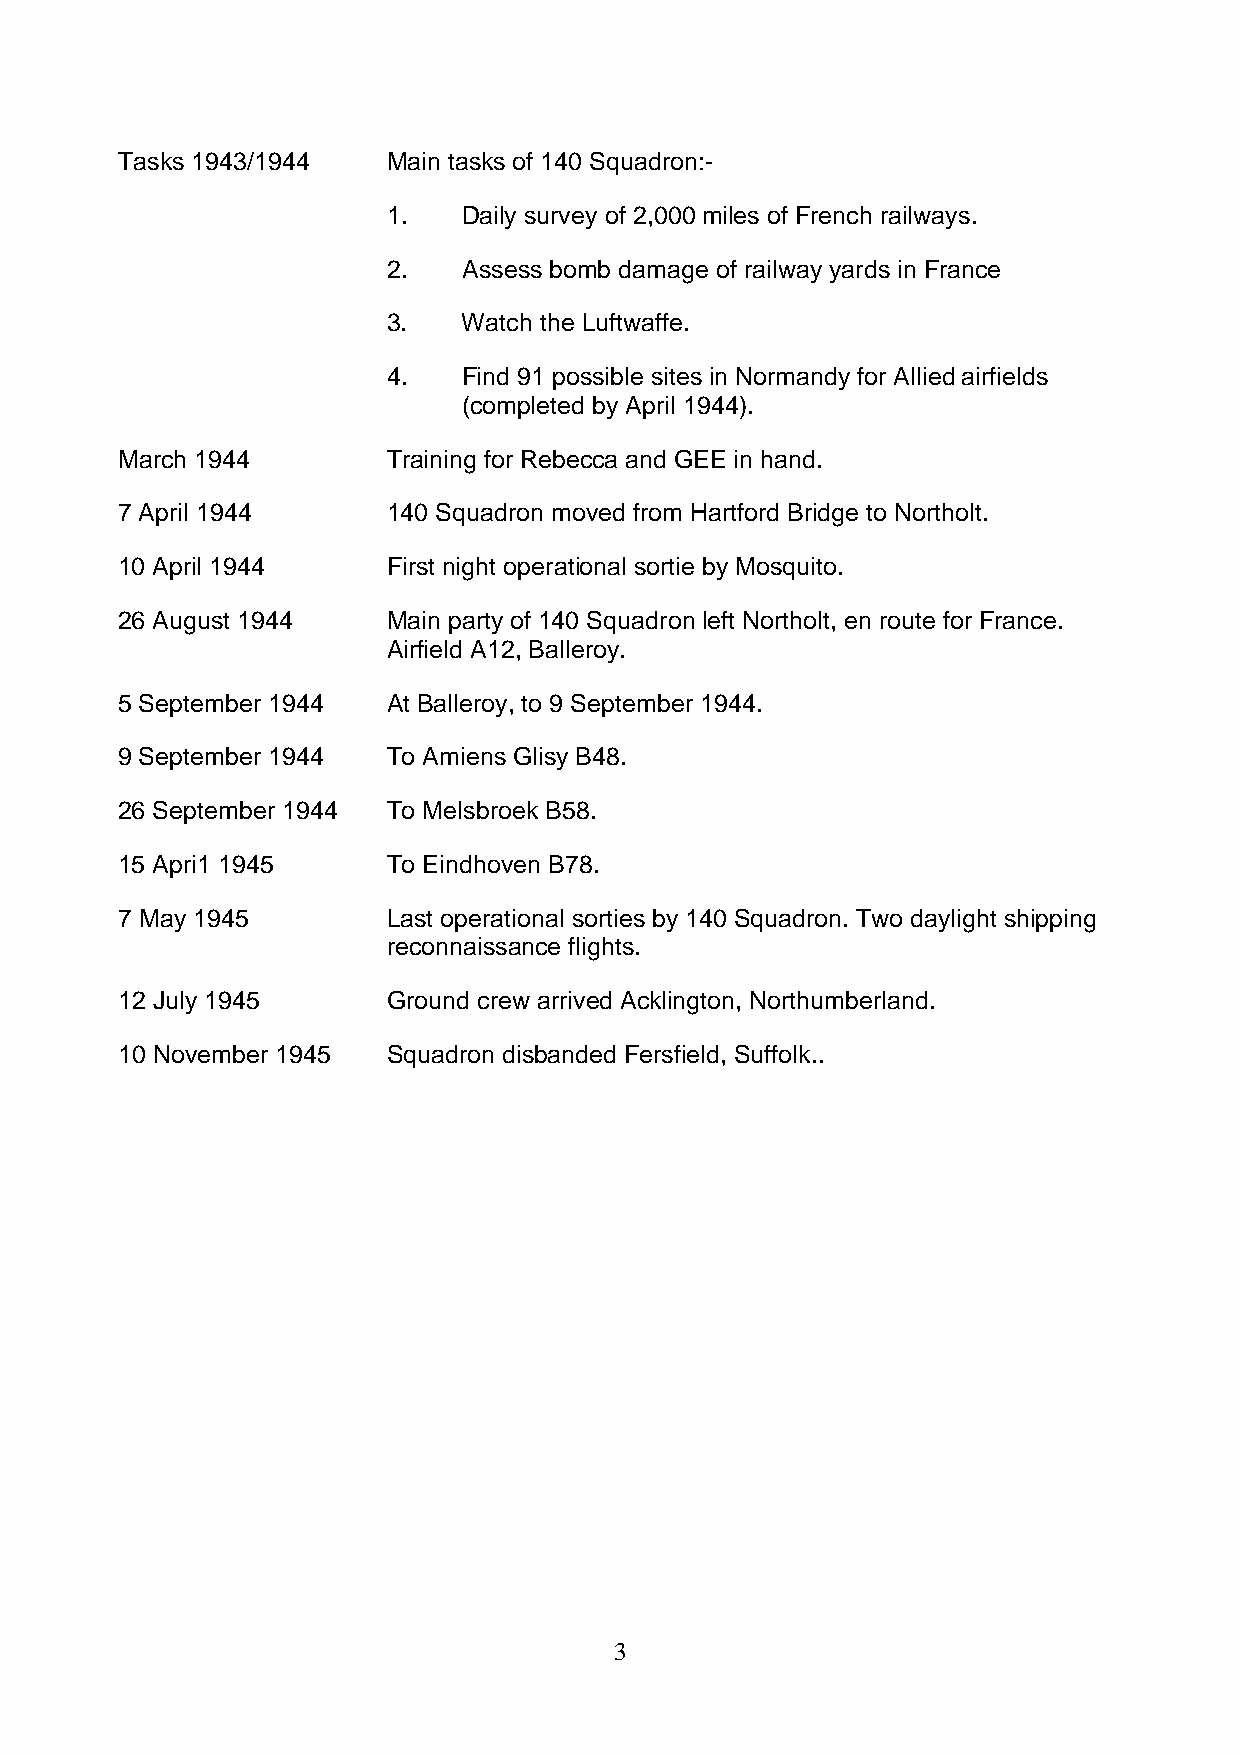
Tasks 1943/1944   Main tasks of 140 Squadron:-
 1.   Daily survey of 2,000 miles of French railways.
 2.   Assess bomb damage of railway yards in France
 3.   Watch the Luftwaffe.
 4.   Find 91 possible sites in Normandy for Allied airfields
 (completed by April 1944).
 March 1944        Training for Rebecca and GEE in hand.
 7 April 1944      140 Squadron moved from Hartford Bridge to Northolt.
 10 April 1944     First night operational sortie by Mosquito.
 26 August 1944    Main party of 140 Squadron left Northolt, en route for France.
 Airfield A12, Balleroy.
 5 September 1944  At Balleroy, to 9 September 1944.
 9 September 1944  To Amiens Glisy B48.
 26 September 1944 To Melsbroek B58.
 15 Apri1 1945     To Eindhoven B78.
 7 May 1945        Last operational sorties by 140 Squadron. Two daylight shipping
 reconnaissance flights.
 12 July 1945      Ground crew arrived Acklington, Northumberland.
 10 November 1945  Squadron disbanded Fersfield, Suffolk..
 3